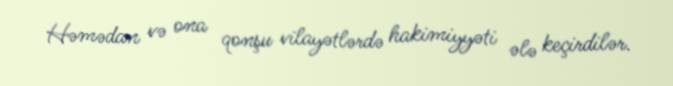
Həmədan və ona qonşu vilayətlərdə hakimiyyəti ələ keçirdilər.